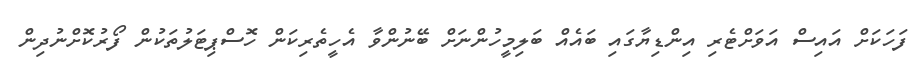
ފަހަކަށް އައިސް އަވަށްޓެރި އިންޑިޔާގައި ބައެއް ބަލިމީހުންނަށް ބޭނުންވާ އެހީތެރިކަން ހޮސްޕިޓަލުތަކުން ފޯރުކޮށްނުދިން